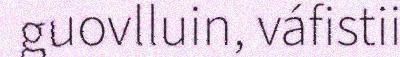
guovlluin, váfistii